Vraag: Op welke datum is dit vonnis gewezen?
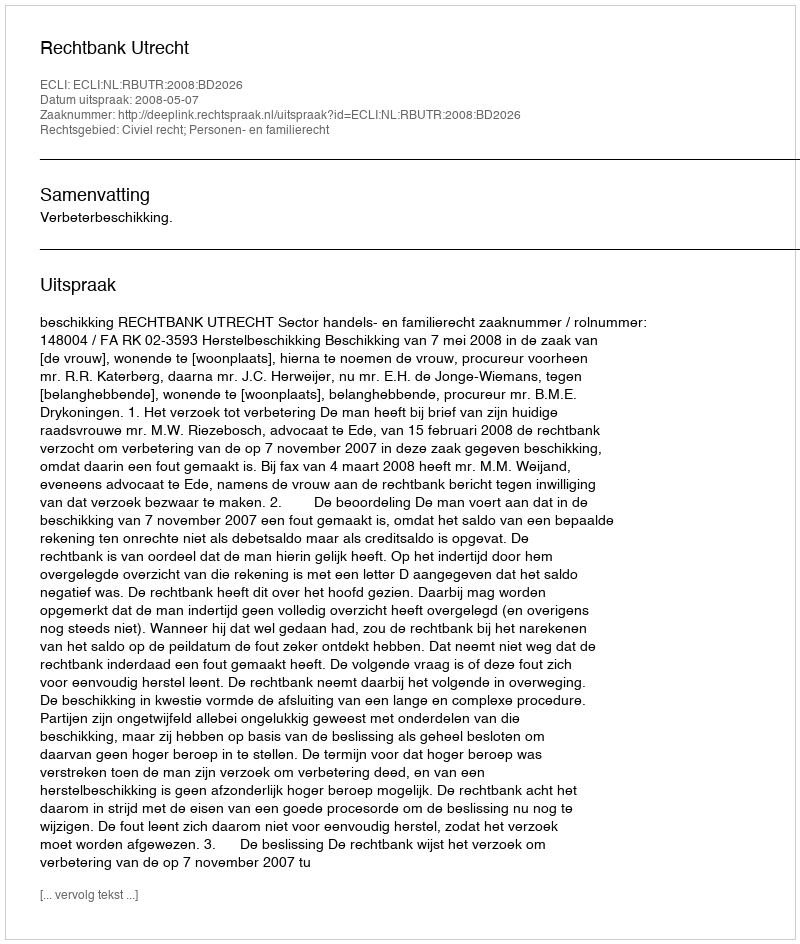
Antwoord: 2008-05-07